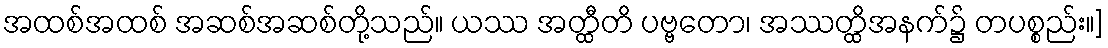
အထစ်အထစ် အဆစ်အဆစ်တို့သည်။ ယဿ အတ္ထီတိ ပဗ္ဗတော၊ အဿတ္ထိအနက်၌ တပစ္စည်း။]